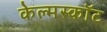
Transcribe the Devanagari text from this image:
केल्मस्काॅट